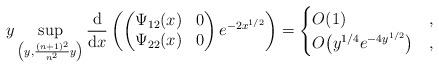
LaTeX: \begin{gather*}y\sup_{\left(y,\frac{(n+1)^2}{n^2}y\right)}\frac{{\rm d}}{{\rm d}x}\left( \left( \begin{matrix}\Psi_{12}(x) & 0\\\Psi_{22}(x) & 0\end{matrix}\right)e^{-2x^{1/2}}\right) = \begin{cases}O(1) & , \\O\big(y^{1/4}e^{-4y^{1/2}}\big) & ,\end{cases}\end{gather*}